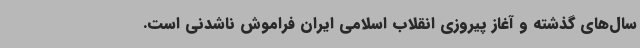
سال‌های گذشته و آغاز پیروزی انقلاب اسلامی ایران فراموش ناشدنی است.